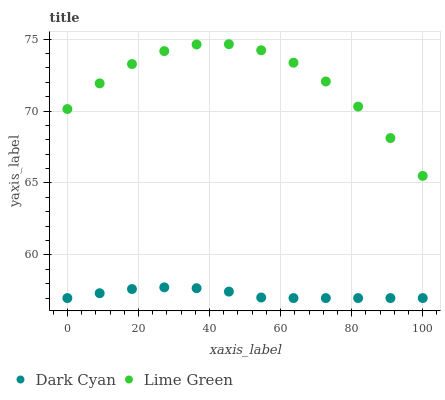
| xaxis_label | Dark Cyan | Lime Green |
 | --- | --- | --- |
 | 0 | 57 | 70.1 |
 | 9.09 | 57.3 | 71.9 |
 | 18.2 | 57.6 | 73.3 |
 | 27.3 | 57.7 | 74.2 |
 | 36.4 | 57.7 | 74.6 |
 | 45.5 | 57.5 | 74.6 |
 | 54.5 | 57 | 74.2 |
 | 63.6 | 57 | 73.4 |
 | 72.7 | 57 | 72.1 |
 | 81.8 | 57 | 70.3 |
 | 90.9 | 57 | 68.1 |
 | 100 | 57 | 65.5 |